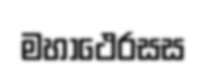
මහාථෙරසස